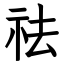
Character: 祛